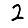
Digit: 2